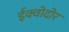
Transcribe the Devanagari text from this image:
ईक्वोदोर